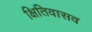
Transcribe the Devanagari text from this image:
क्षितिवासव